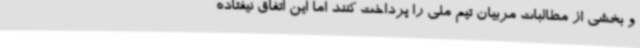
و بخشی از مطالبات مربیان تیم ملی را پرداخت کنند اما این اتفاق نیفتاده